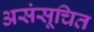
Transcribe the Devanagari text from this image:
असंसूचित